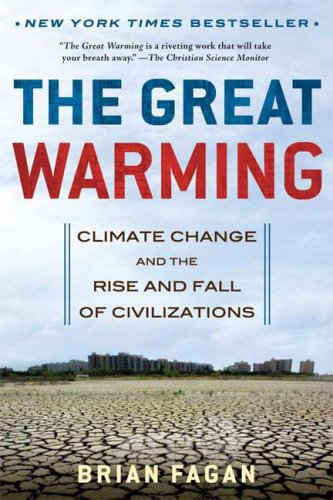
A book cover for The Great Warming: Climate Change and the Rise and Fall of Civilizations; Brian Fagan; Science & Math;